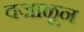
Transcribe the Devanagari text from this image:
वजाळून